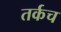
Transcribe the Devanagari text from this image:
तर्कच